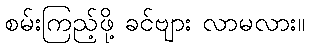
စမ်းကြည့်ဖို့ ခင်ဗျား လာမလား။